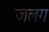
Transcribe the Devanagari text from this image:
जलग